First report of the anti-malarial operations at Mian Mir, 1901-1903 - Number 6
Year: 1901
Disease focus: Malaria
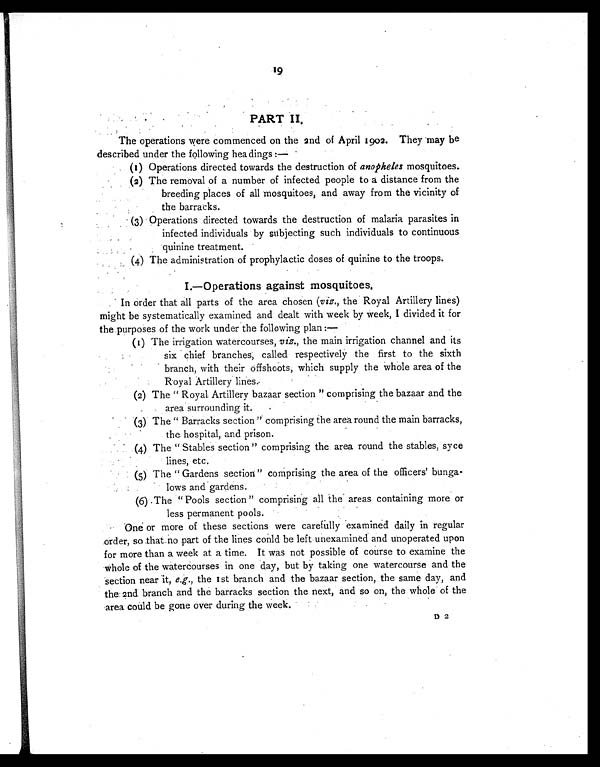
19
PART II.
The operations were commenced on the 2nd of April 1902. They may be
described under the following headings :—
(1) Operations directed towards the destruction of anopheles mosquitoes.
(2) The removal of a number of infected people to a distance from the
breeding places of all mosquitoes, and away from the vicinity of
the barracks.
(3) Operations directed towards the destruction of malaria parasites in
infected individuals by subjecting such individuals to continuous
quinine treatment.
(4) The administration of prophylactic doses of quinine to the troops.
I.—Operations against mosquitoes.
In order that all parts of the area chosen ( viz., the Royal Artillery lines)
might be systematically examined and dealt with week by week, I divided it for
the purposes of the work under the following plan :—
(1) The irrigation watercourses, viz., the main irrigation channel and its
six chief branches, called respectively the first to the sixth
branch, with their offshoots, which supply the whole area of the
Royal Artillery lines.
(2) The " Royal. Artillery bazaar section " comprising the bazaar and the
area surrounding it.
(3)The " Barracks section " comprising the area round the main barracks,
the hospital, and prison.
(4)The " Stables section " comprising the area round the stables, syce
lines, etc.
(5)The " Gardens section " comprising the area of the officers' bunga-
-lows and gardens.
(6)The "Pools section " comprising all the areas containing more or
less permanent pools.
One or more of these sections were carefully examined daily in regular
order, so that no part of the lines conld be left unexamined and unoperated upon
for more than a week at a time. It was not possible of course to examine the
Whole of the watercourses in one day, but by taking one watercourse and the
section near it, e.g ., the 1st branch and the bazaar section, the same day, and
the 2nd branch and the barracks section the next, and so on, the whole of the
area could be gone over during the week.
D2